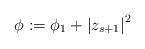
LaTeX: \begin{align*}\phi:=\phi_{1}+\left\vert z_{s+1}\right\vert ^{2} \end{align*}